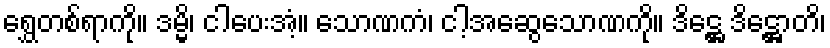
ရွှေတစ်ရာကို။ ဒမ္မိ၊ ငါပေးအံ့။ သောဏကံ၊ ငါ့အဆွေသောဏကို။ ဒိဋ္ဌေ ဒိဋ္ဌောတိ၊